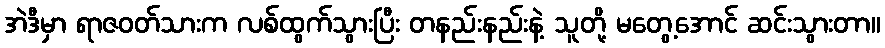
အဲဒီမှာ ရာဇဝတ်သားက လစ်ထွက်သွားပြီး တနည်းနည်းနဲ့ သူတို့ မတွေ့အောင် ဆင်းသွားတာ။